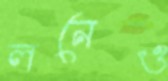
লনেও